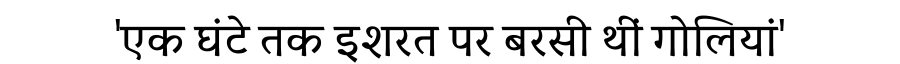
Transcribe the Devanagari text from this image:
'एक घंटे तक इशरत पर बरसी थीं गोलियां'